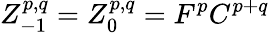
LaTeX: Z_{-1}^{p,q}=Z_{0}^{p,q}=F^{p}C^{p+q}